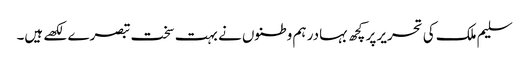
سلیم ملک کی تحریر پر کچھ بہادر ہم وطنوں نے بہت سخت تبصرے لکھے ہیں۔